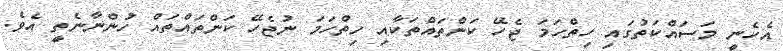
އެހެނީ މަސައްކަތުގައި ހިތްހަމަ ޖެހޭ ކަންތައްތަކާއި ހިތްހަމަ ނުޖެހޭ ކަންތައްތައް ހުންނާނެތީ އެވެ.